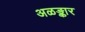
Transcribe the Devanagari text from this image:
अळङ्कार